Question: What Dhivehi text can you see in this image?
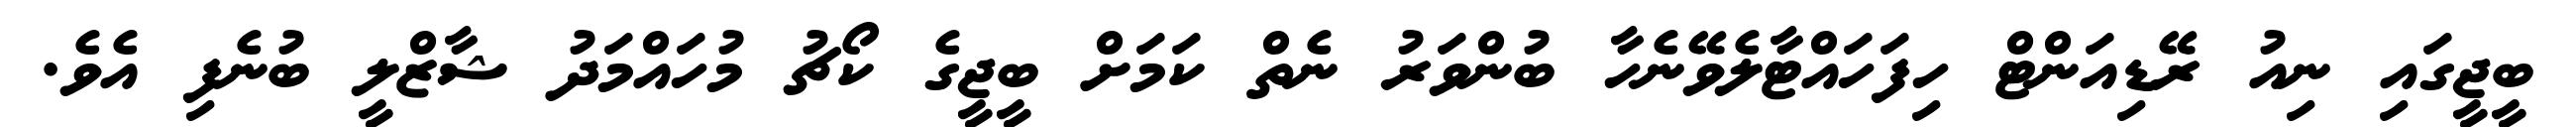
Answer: ބީޖީގައި ނިއު ރޭޑިއަންޓް ހިފަހައްޓާލެވޭނެހާ ބުންވަރު ނެތް ކަމަށް ބީޖީގެ ކޯޗު މުހައްމަދު ޝާޒްލީ ބުނެފި އެވެ.